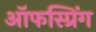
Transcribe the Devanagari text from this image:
ऑफस्प्रिंग